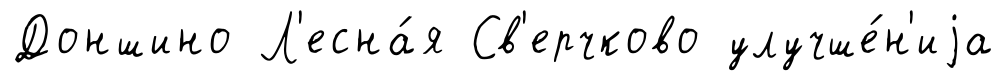
Доншино Л'есна́я Св'ерчково улучше́н'иjа